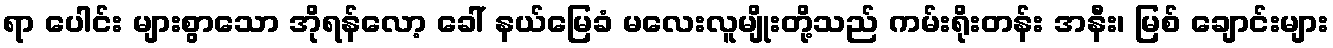
ရာ ပေါင်း များစွာသော အိုရန်လော့ ခေါ် နယ်မြေခံ မလေးလူမျိုးတို့သည် ကမ်းရိုးတန်း အနီး၊ မြစ် ချောင်းများ